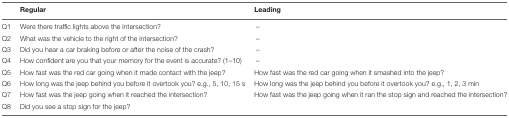
|  | Regular | Leading |
 | --- | --- | --- |
 | Q1 | Were there traffic lights above the intersection? | – |
 | Q2 | What was the vehicle to the right of the intersection? | – |
 | Q3 | Did you hear a car braking before or after the noise of the crash? | – |
 | Q4 | How confident are you that your memory for the event is accurate? (1–10) | – |
 | Q5 | How fast was the red car going when it made contact with the jeep? | How fast was the red car going when it smashed into the jeep? |
 | Q6 | How long was the jeep behind you before it overtook you? e.g., 5, 10, 15 s | How long was the jeep behind you before it overtook you? e.g., 1, 2, 3 min |
 | Q7 | How fast was the jeep going when it reached the intersection? | How fast was the jeep going when it ran the stop sign and reached the intersection? |
 | Q8 | Did you see a stop sign for the jeep? |  |